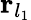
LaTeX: {\mathbf r}_{l_{1}}